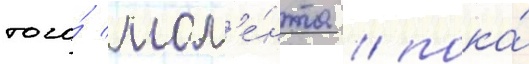
того́ мом'е́нта / пока́